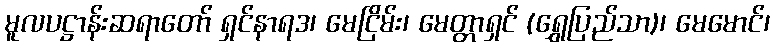
မူလပဋ္ဌာန်းဆရာတော် ရှင်နာရဒ၊ မေငြိမ်း၊ မေတ္တာရှင် (ရွှေပြည်သာ)၊ မေမောင်၊